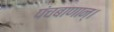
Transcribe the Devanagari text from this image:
पंचबाणान्‌।